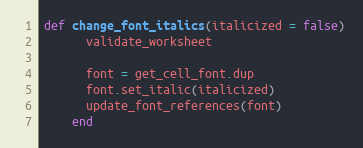
Language: Ruby
def change_font_italics(italicized = false)
      validate_worksheet

      font = get_cell_font.dup
      font.set_italic(italicized)
      update_font_references(font)
    end